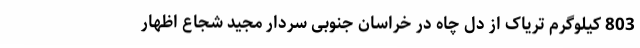
803 کیلوگرم تریاک از دل چاه در خراسان جنوبی سردار مجید شجاع اظهار